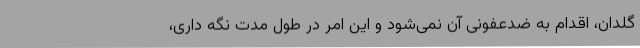
گلدان، اقدام به ضدعفونی آن نمی‌شود و این امر در طول مدت نگه داری،